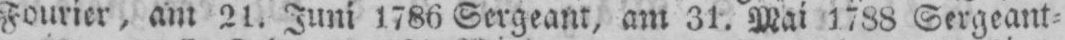
Fourier, am 21. Juni 1786 Sergeant, am 31. Mai 1788 Sergeant⸗